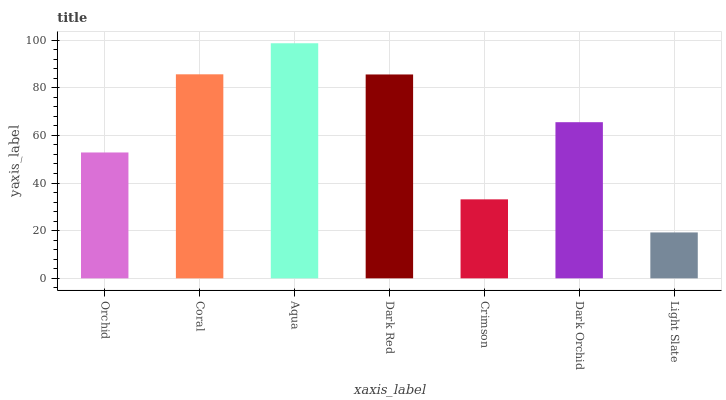
| xaxis_label | bars |
 | --- | --- |
 | Orchid | 52.8 |
 | Coral | 85.6 |
 | Aqua | 98.7 |
 | Dark Red | 85.6 |
 | Crimson | 33.2 |
 | Dark Orchid | 65.5 |
 | Light Slate | 19.3 |